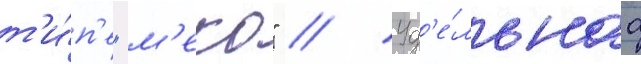
т'и́п'е "м'еко" // Уд'е́льнаа